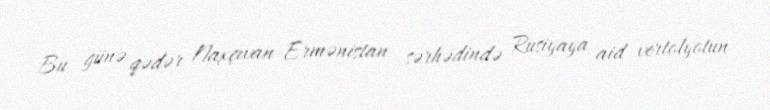
Bu günə qədər Naxçıvan-Ermənistan sərhədində Rusiyaya aid vertolyotun